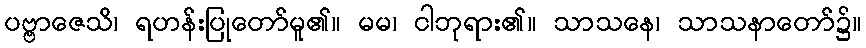
ပဗ္ဗာဇေသိ၊ ရဟန်းပြုတော်မူ၏။ မမ၊ ငါဘုရား၏။ သာသနေ၊ သာသနာတော်၌။